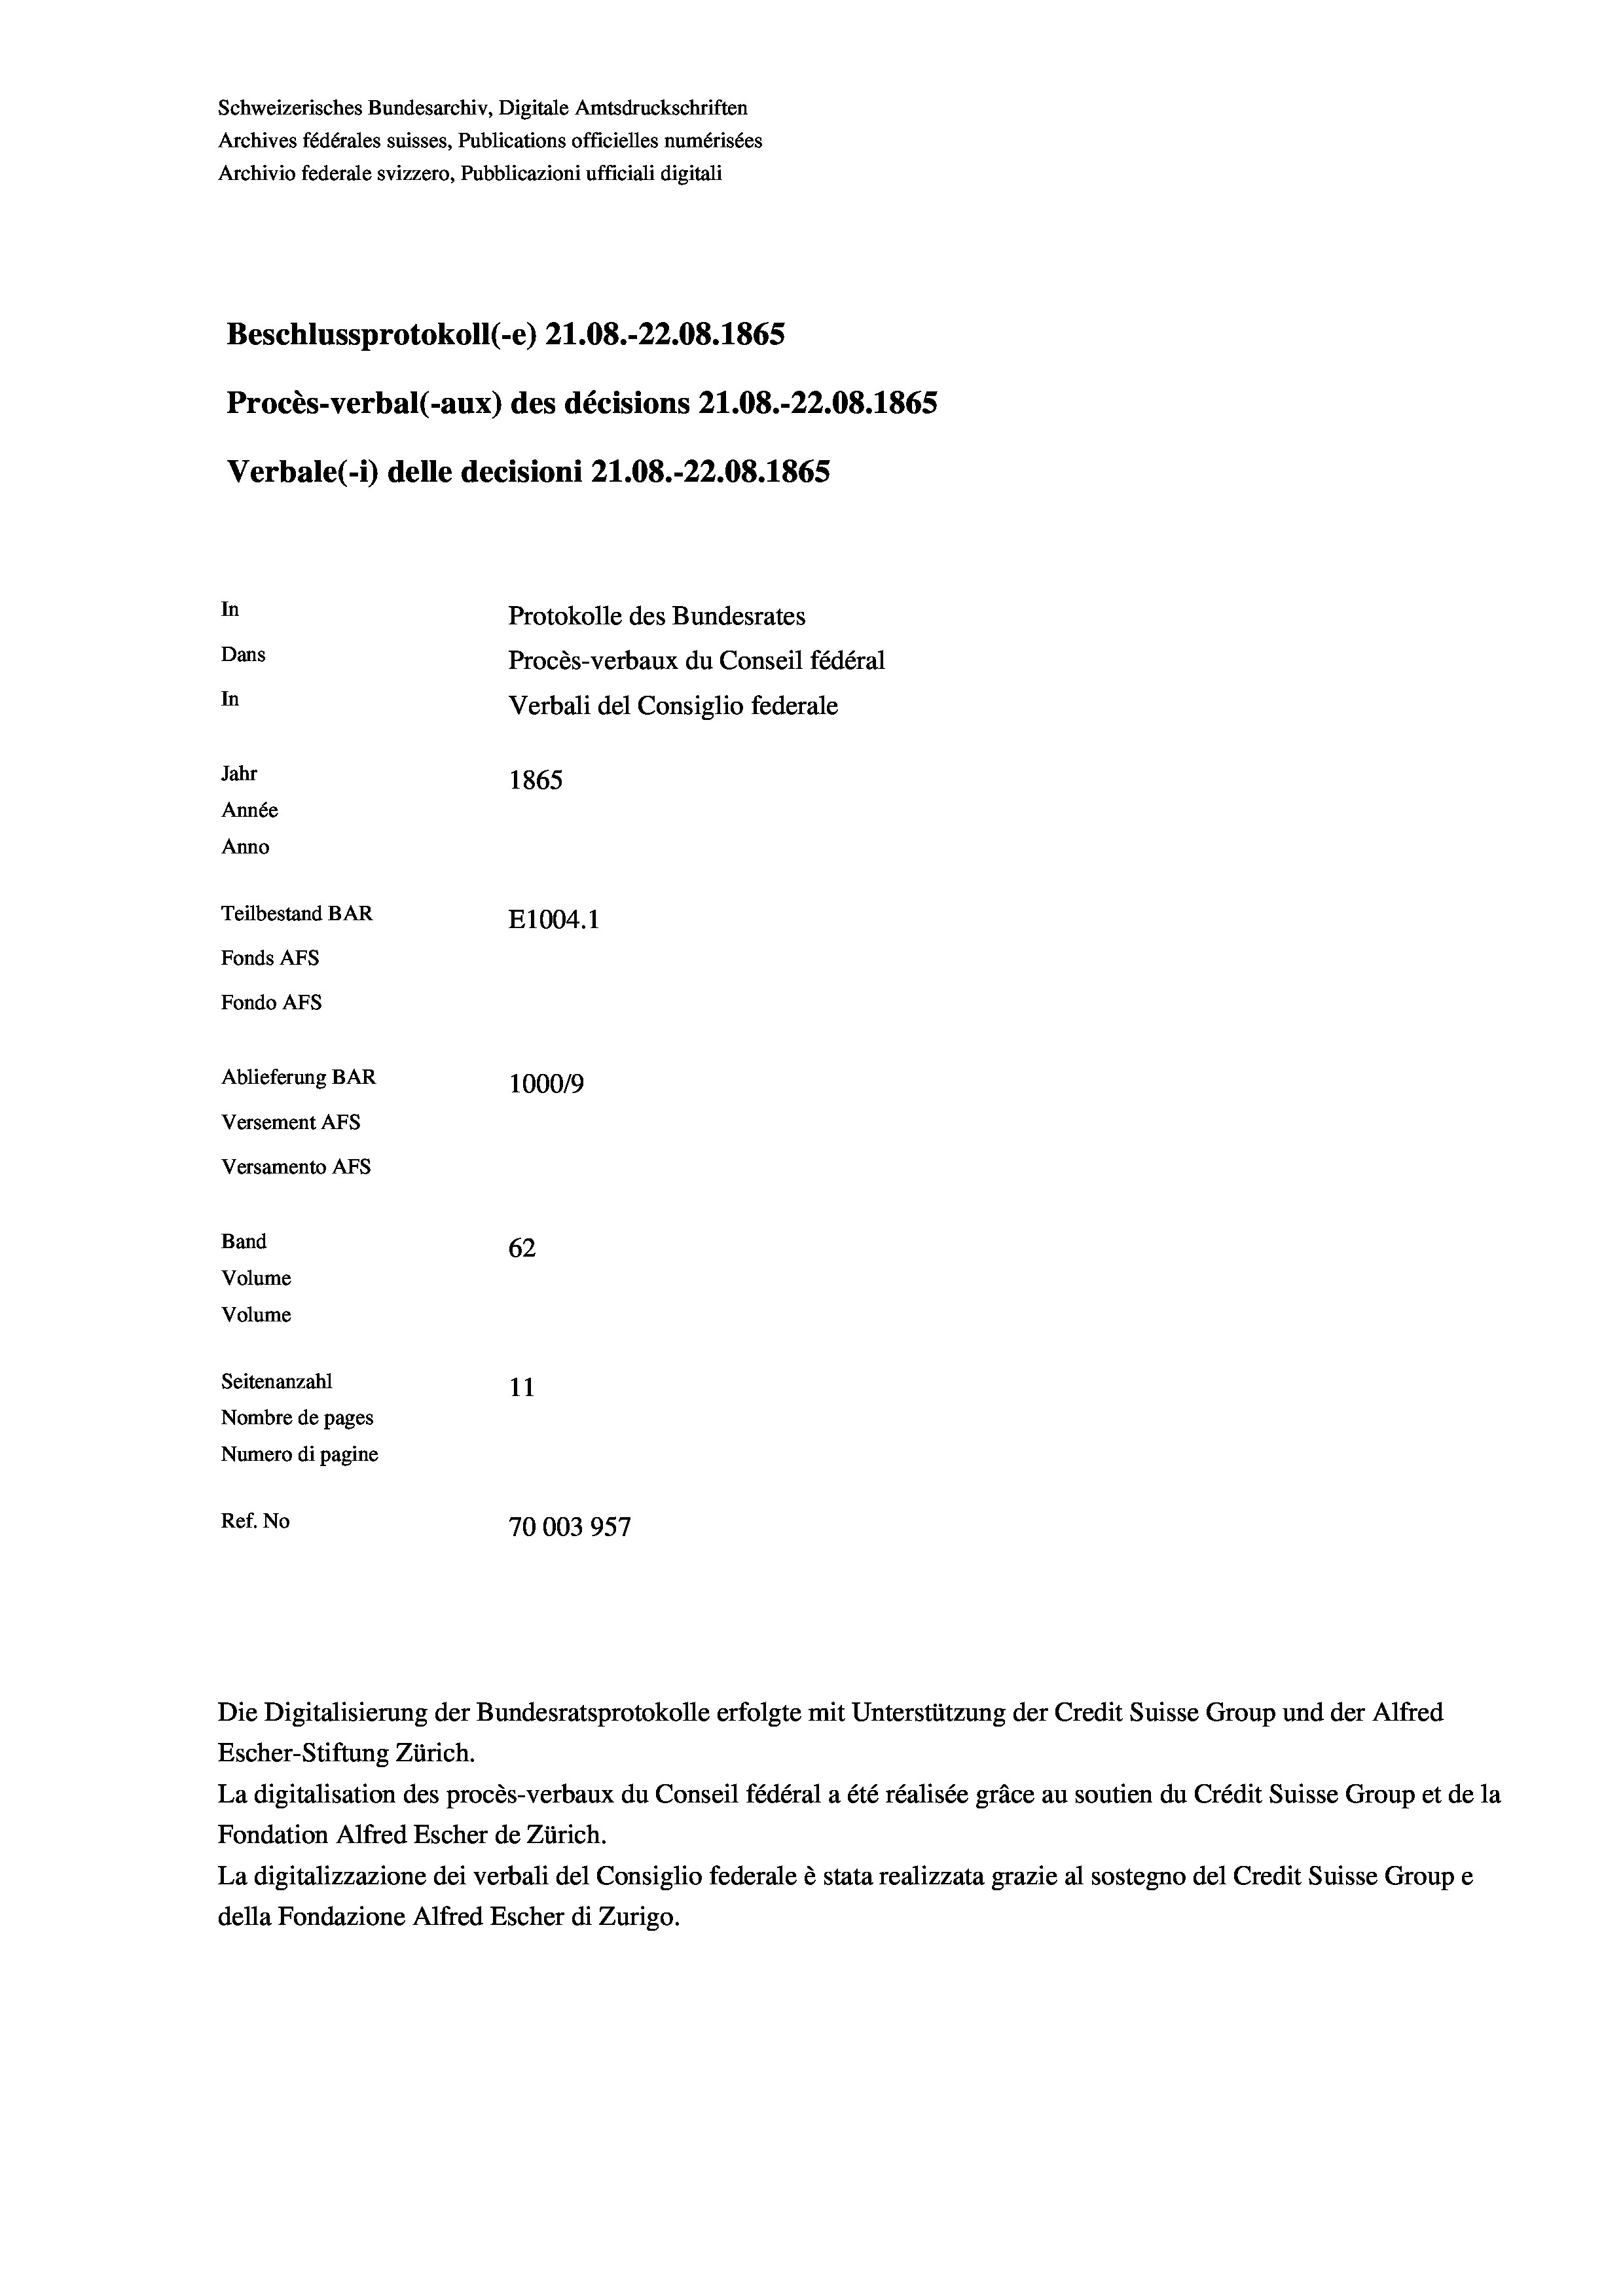
Schweizerisches Bundesarchiv, Digitale Amtsdruckschriften
Archives fédérales suisses, Publications officielles numérisées
Archivio federale svizzero, Pubblicazioni ufficiali digitali
Beschlussprotokoll (-e) 21.08.-22.08. 1865
Procès-verbal (-aux) des décisions Z1.08.-22.08. 1865
Verbale (- 1) delle decisioni 21.08.-22.08. 1865
In
Protokolle des Bundesrates
Dans
Procès-verbaux du Conseil fédéral
In
Verbali del Consiglio federale
Jahr
1865
Année
Anno
Teilbestand BAR
E1004. 1
Fonds AFs
Fondo AFS
Ablieferung BAR
100019
Versement AFs
Versamento AFs
Band
62
Volume
Volume
Seitenanzahl
11
Nombre de pages
Numero di pagine
Ref. No
70003957

La digitalisation des procès-verbaux du Conseil fédéral a été réalisée gräce au soutien du Crédit Suisse Group et de la
Fondation Alfred Escher de Zürich.
La digitalizzazione dei verbali del Consiglio federale è stata realizzata grazie al sostegno del Credit Suisse Groupe
della Fondazione Alfred Escher di Zurigo.

Die Digitalisierung der Bundesratsprotokolle erfolgte mit Unterstützung der Credit Suisse Group und der Alfred
Escher-Stiftung Zürich.